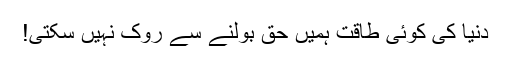
دنیا کی کوئی طاقت ہمیں حق بولنے سے روک نہیں سکتی!